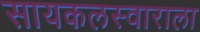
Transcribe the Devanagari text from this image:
सायकलस्वाराला